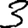
Digit: 3